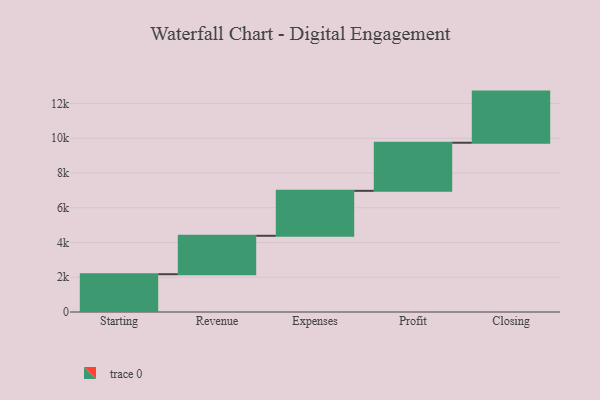
{"axis": {"x": "Step", "y": "Value"}, "legend": [""], "data": [{"x": "Starting", "y": 2175.0, "type": ""}, {"x": "Revenue", "y": 2213.0, "type": ""}, {"x": "Expenses", "y": 2588.0, "type": ""}, {"x": "Profit", "y": 2768.0, "type": ""}, {"x": "Closing", "y": 2944.0, "type": ""}]}